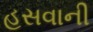
હસવાની